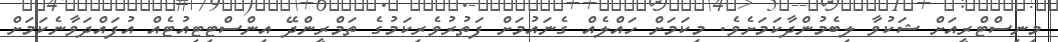
މިނިސްޓްރީއަށް ޝަކުވާ ލިބެމުންދާކަމަށެވެ. މިކަމަށް ހައްލެއް ގެނައުމަށް ފަތުރުވެރިކަމުގެ ތަމްރީންދޭ އިންސްޓިޓިއުޓެއް އުފައްދަވާނެކަމަށް